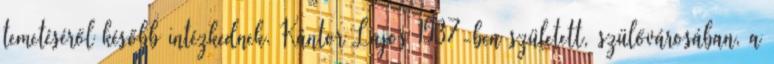
temetéséről később intézkednek. Kántor Lajos 1937-ben született, szülővárosában, a